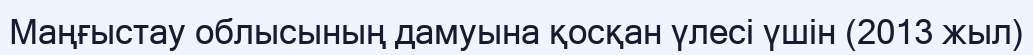
Маңғыстау облысының дамуына қосқан үлесі үшін (2013 жыл)